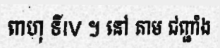
ពាហុ ទីIV ។ នៅ តាម ជញ្ជាំង